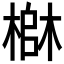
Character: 𬄄